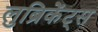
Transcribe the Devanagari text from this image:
लुब्रिकेंट्स